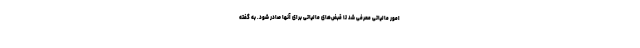
امور مالیاتی معرفی شد تا قبض‌های مالیاتی برای آنها صادر شود. به گفته